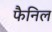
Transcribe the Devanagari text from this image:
फैनिल